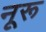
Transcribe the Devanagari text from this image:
नूरू